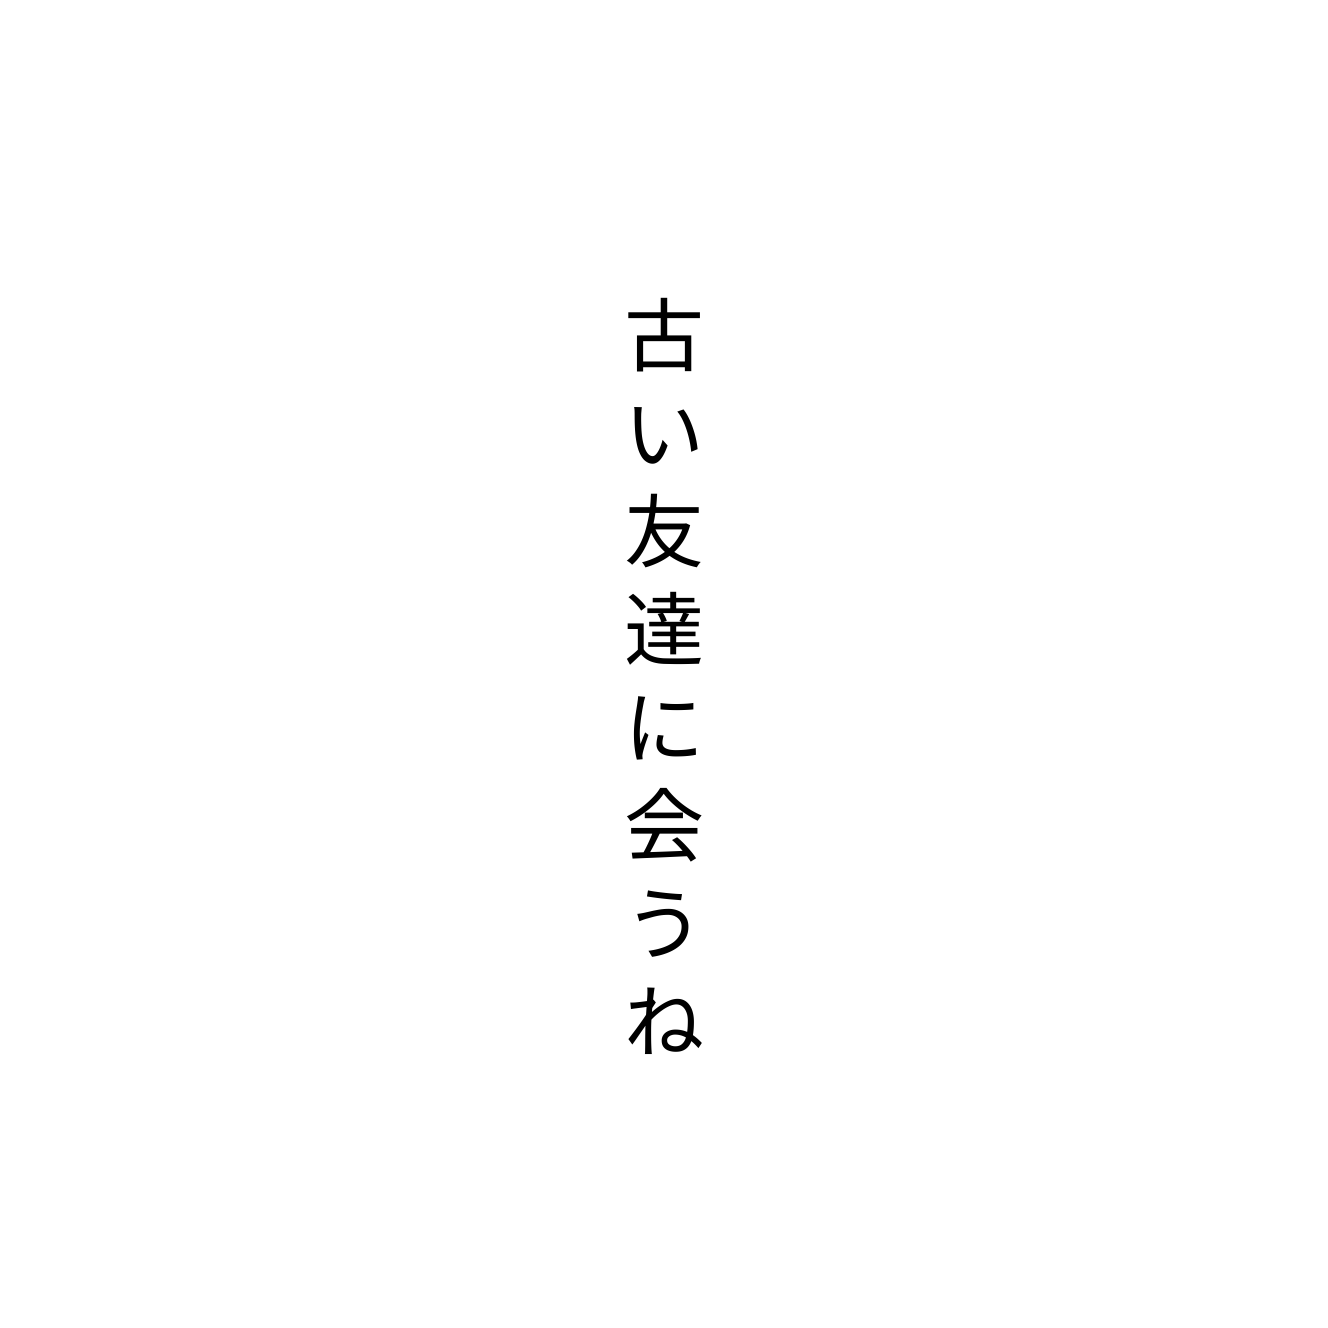
古い友達に会うね